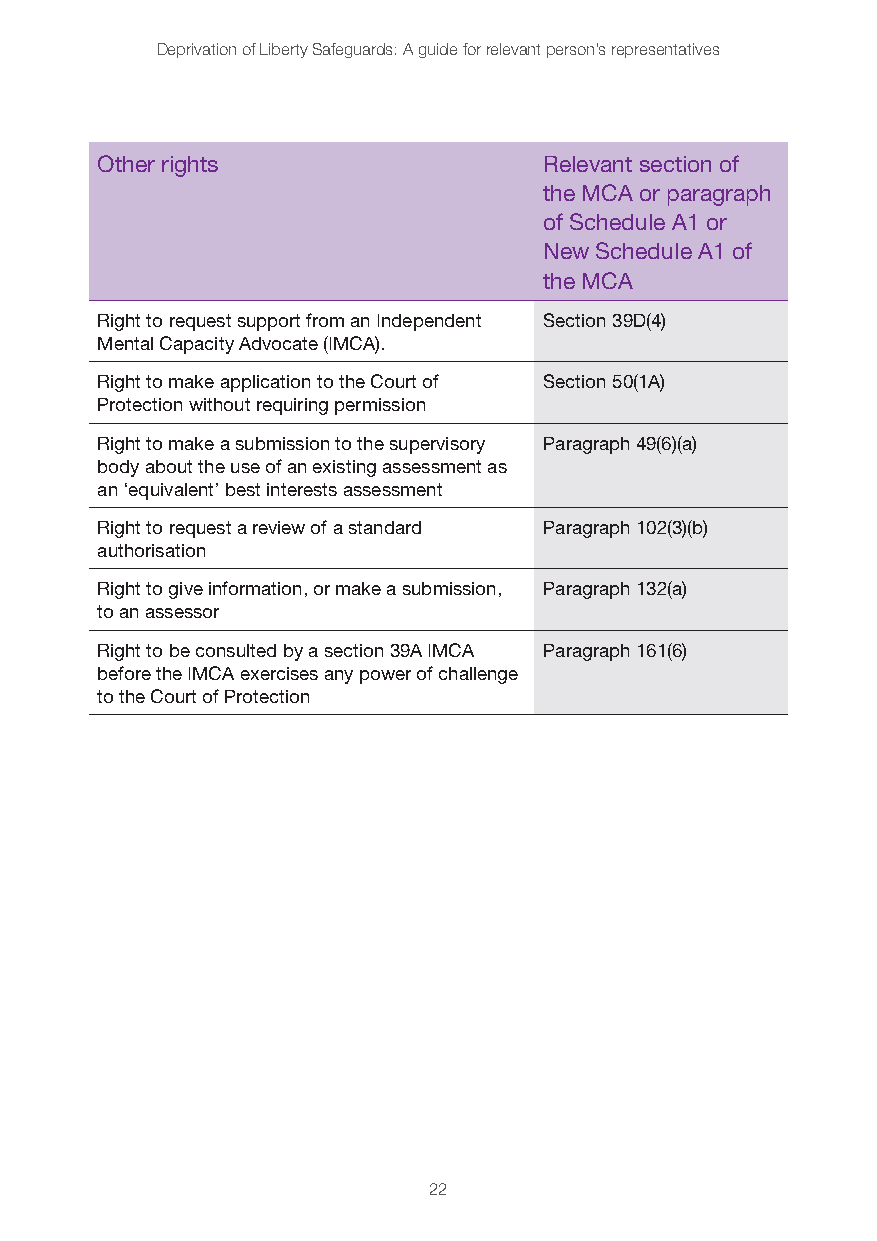
Deprivation of Liberty Safeguards: A guide for relevant person’s representatives
 Other rights                  Relevant section of
 the MCA or paragraph
 of Schedule A1 or
 New Schedule A1 of
 the MCA
 Right to request support from an Independent Section 39D(4)
 Mental Capacity Advocate (IMCA).
 Right to make application to the Court of Section 50(1A)
 Protection without requiring permission
 Right to make a submission to the supervisory Paragraph 49(6)(a)
 body about the use of an existing assessment as
 an ‘equivalent’ best interests assessment
 Right to request a review of a standard Paragraph 102(3)(b)
 authorisation
 Right to give information, or make a submission, Paragraph 132(a)
 to an assessor
 Right to be consulted by a section 39A IMCA Paragraph 161(6)
 before the IMCA exercises any power of challenge
 to the Court of Protection
 22